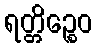
ရတ္တိဉ္စေဝ